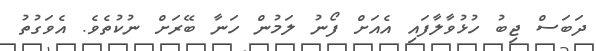
ދަބަސް ޖިބު ހުޅުވާލާފައި އެއަށް ފޯނު ލަމުން ހަނާ ބޭރަށް ނުކުތެވެ. އެވަގުތު